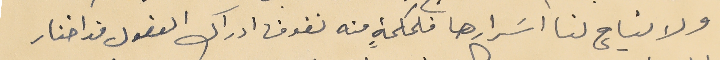
ولا تباح لنا اسَرارها فلحكمةٍ منه تفوق ادراك العقول قد اختار